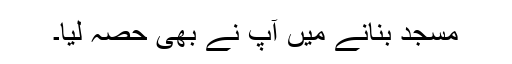
مسجد بنانے میں آپ نے بھی حصہ لیا۔